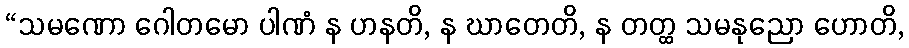
“သမဏော ဂေါတမော ပါဏံ န ဟနတိ, န ဃာတေတိ, န တတ္ထ သမနုညော ဟောတိ,